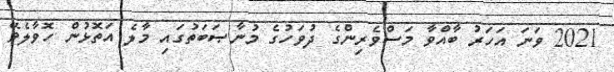
2021 ވަނަ އަހަރު ބާއްވާ މަސްވެރިންގެ ދުވަހުގެ މުނާޞަބަތުގައި މާލެ އަތޮޅުން ހޮވާލެވޭ